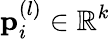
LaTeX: \mathbf{p}_{i}^{(l)}\in\mathbb{R}^{k}